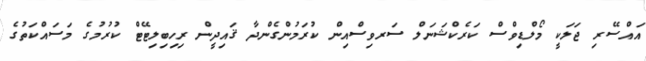
އައްސޭރި ޖަލަކީ މޯލްޑިވްސް ކަރެކްޝަނަލް ސަރވިސްއިން ކުރަމުންގެންދާ ޤައިދީން ރިހިބިލިޓޭޓް ކުރުމުގެ މަސައްކަތުގެ